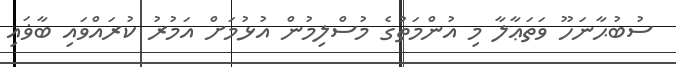
ސުބުޙާނަހޫ ވަތަޢާލާ މި އުންމަތުގެ މުސްލިމުން އުޅުމަށް އަމުރު ކުރައްވައި ބާޥައި